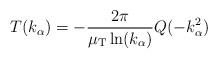
LaTeX: \begin{align*}T(k_\alpha) = -\frac{2\pi}{\mu_{\rm T}\ln(k_\alpha)}Q(-k^2_\alpha)\end{align*}